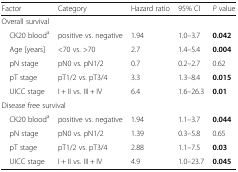
<table><thead><tr><td><b>Factor</b></td><td><b>Category</b></td><td><b>Hazard ratio</b></td><td><b>95% CI</b></td><td><b><i>P</i> value</b></td></tr></thead><tbody><tr><td colspan="5">Overall survival</td></tr><tr><td> CK20 blood<sup>a</sup></td><td>positive vs. negative</td><td>1.94</td><td>1.0–3.7</td><td><b>0.042</b></td></tr><tr><td> Age [years]</td><td>&lt;70 vs. &gt;70</td><td>2.7</td><td>1.4–5.4</td><td><b>0.004</b></td></tr><tr><td> pN stage</td><td>pN0 vs. pN1/2</td><td>0.7</td><td>0.2–2.7</td><td>0.62</td></tr><tr><td> pT stage</td><td>pT1/2 vs. pT3/4</td><td>3.3</td><td>1.3–8.4</td><td><b>0.015</b></td></tr><tr><td> UICC stage</td><td>I + II vs. III + IV</td><td>6.4</td><td>1.6–26.3</td><td><b>0.01</b></td></tr><tr><td colspan="5">Disease free survival</td></tr><tr><td> CK20 blood<sup>a</sup></td><td>positive vs. negative</td><td>1.94</td><td>1.1–3.7</td><td><b>0.044</b></td></tr><tr><td> pN stage</td><td>pN0 vs. pN1/2</td><td>1.39</td><td>0.3–5.8</td><td>0.65</td></tr><tr><td> pT stage</td><td>pT1/2 vs. pT3/4</td><td>2.88</td><td>1.1–7.5</td><td><b>0.03</b></td></tr><tr><td> UICC stage</td><td>I + II vs. III + IV</td><td>4.9</td><td>1.0–23.7</td><td><b>0.045</b></td></tr></tbody></table>